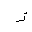
Letter: _zay